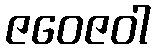
ဇဝေဇဝါ